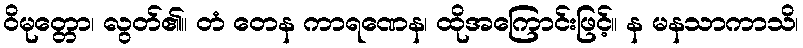
ဝိမုတ္တော၊ လွတ်၏။ တံ တေန ကာရဏေန၊ ထိုအကြောင်းဖြင့်။ န မနသာကာသိ၊